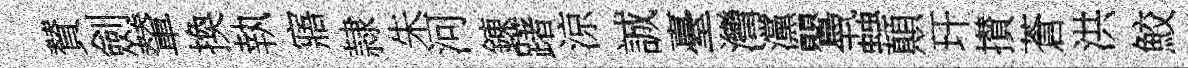
賛劍輦換執寤隷朱河錬躇涼誠臺灣灙鸎蝨顛玕攅蒼洪鮫